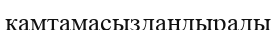
қамтамасыздандырады